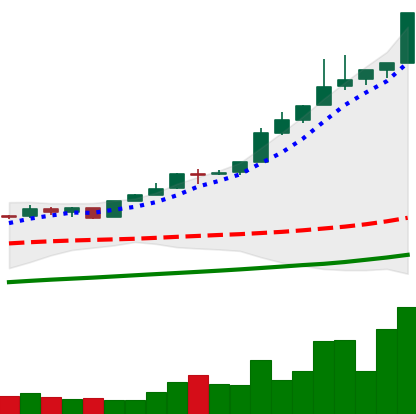
Ticker: BTC-USD
Chart end date: 2017-05-08
Forward return: 4.733%
Label: up_3_5